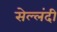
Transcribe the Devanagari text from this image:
सेल्लंदी